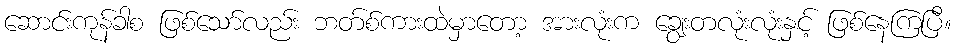
ဆောင်းကုန်ခါစ ဖြစ်သော်လည်း ဘတ်စ်ကားထဲမှာတော့ အားလုံးက ချွေးတလုံးလုံးနှင့် ဖြစ်နေကြပြီ။